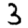
Digit: 3